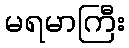
မရမာကြီး